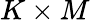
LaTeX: K\times M